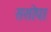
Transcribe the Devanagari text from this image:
ससोपा